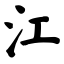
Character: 江